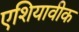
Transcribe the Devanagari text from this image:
एशियावीक